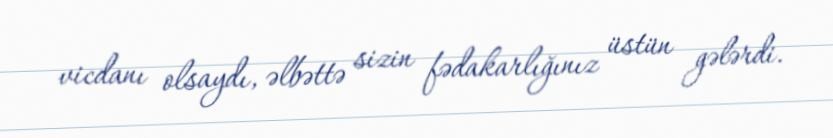
vicdanı olsaydı, əlbəttə sizin fədakarlığınız üstün gələrdi.